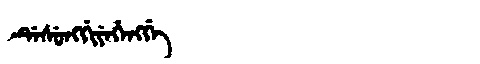
Manchu: ᡩᡝᠰᡠᠩᡤᡳᠶᡝᡥᡝᠩᡤᡝ
Romanization: DESUNGGIYEHENGGE